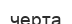
черта